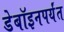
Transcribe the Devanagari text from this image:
डेबॉइनपर्यंत